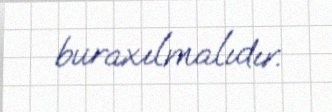
buraxılmalıdır.